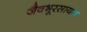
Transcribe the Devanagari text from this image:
जैवभूरसायन